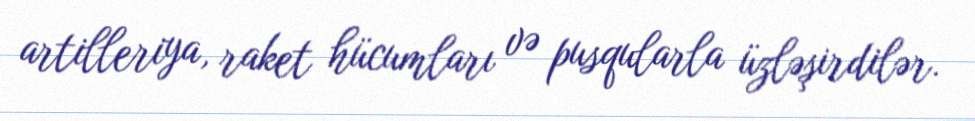
artilleriya, raket hücumları və pusqularla üzləşirdilər.